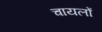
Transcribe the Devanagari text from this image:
चायलों